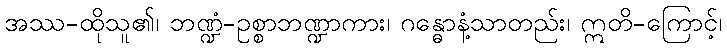
အဿ-ထိုသူ၏၊ ဘဏ္ဍံ-ဥစ္စာဘဏ္ဍာကား၊ ဂန္ဓောနံ့သာတည်း၊ ဣတိ-ကြောင့်၊